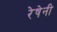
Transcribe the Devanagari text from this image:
रेषेनी